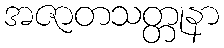
အဇာတသတ္တုနာ